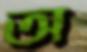
অ